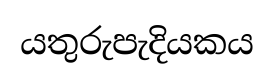
යතුරුපැදියකය